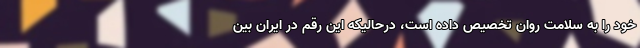
خود را به سلامت روان تخصیص داده است، درحالیکه این رقم در ایران بین